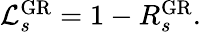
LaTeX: \begin{array}{r}{\mathcal{L}_{s}^{\mathrm{GR}}=1-R_{s}^{\mathrm{GR}}.}\end{array}